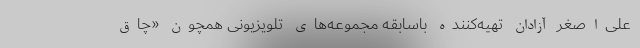
علی‌اصغر آزادان تهیه‌کننده باسابقه مجموعه‌های تلویزیونی همچون «چاق